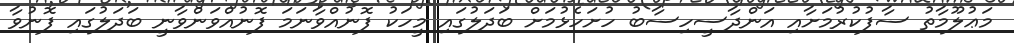
މަޢުލޫމާތު ސާފުކުރުމަށާއި އަންދާސީހިސާބު ހުށަހެޅުމަށް ބަދަލުގައި މީހަކު ފޮނުއްވާނަމަ ފޮނުއްވަންވާނީ ބަދަލުގައި ފޮނުވާ